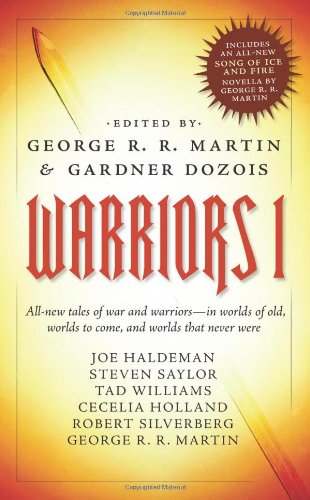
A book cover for Warriors 1; Science Fiction & Fantasy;